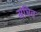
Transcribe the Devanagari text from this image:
संधित